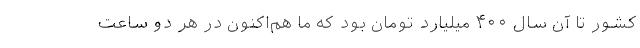
کشور تا آن سال ۴۰۰ میلیارد تومان بود که ما هم‌اکنون در هر دو ساعت